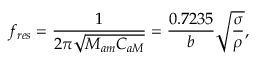
f _ { r e s } = \frac { 1 } { 2 \pi \sqrt { M _ { a m } C _ { a M } } } = \frac { 0 . 7 2 3 5 } { b } \sqrt { \frac { \sigma } { \rho } } ,